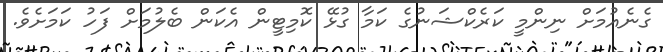
ގެނެއުމަށް ނިންމީ ކަރެކްޝަނުގެ ކަމާ ގުޅޭ ކޮމިޓީން އެކަން ބެލުމަށް ފަހު ކަމަށެވެ.